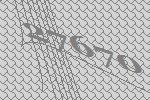
27670